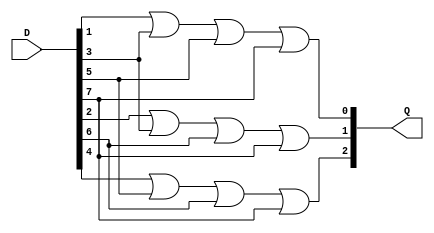
module mux8to3_en(Q,D);
input [7:0] D;
output [2:0] Q;
or o1(Q[0],D[1],D[3],D[5],D[7]);
or o2(Q[1],D[2],D[3],D[6],D[7]);
or o3(Q[2],D[4],D[5],D[6],D[7]);
endmodule